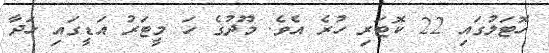
ހޮޓަލުގައި 22 ކޮޓަރި ހުރެ އެވެ. މޫދުގެ ހަ މީޓަރު އަޑީގައި ހަދާ